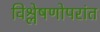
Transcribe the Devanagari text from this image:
विश्लेषणोपरांत